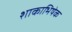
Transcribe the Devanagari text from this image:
शाकाभिषेक